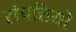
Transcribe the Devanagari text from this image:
संपत्तियो